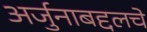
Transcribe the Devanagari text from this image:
अर्जुनाबद्दलचे